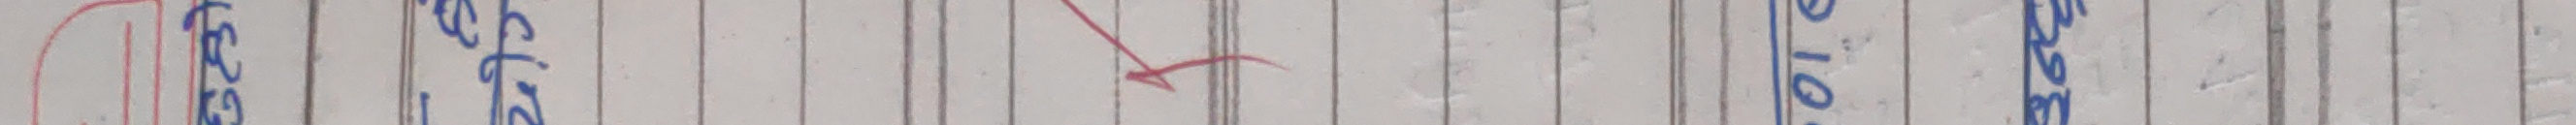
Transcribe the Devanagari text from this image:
केहि सुझाव ले १० नम्बर